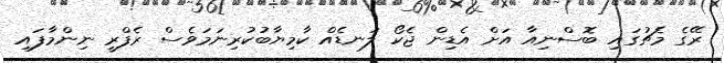
ރޭގެ މެޗުގައި ބޮސްނިއާ އަށް އެޑިން ޖެކޯ ލަނޑެއް ކާމިޔާބުކުރިނަމަވެސް ރެފްރީ ނިންމާފައި